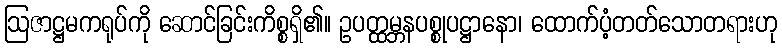
ဩဇာဋ္ဌမကရုပ်ကို ဆောင်ခြင်းကိစ္စရှိ၏။ ဥပတ္ထမ္ဘနပစ္စုပဋ္ဌာနော၊ ထောက်ပံ့တတ်သောတရားဟု